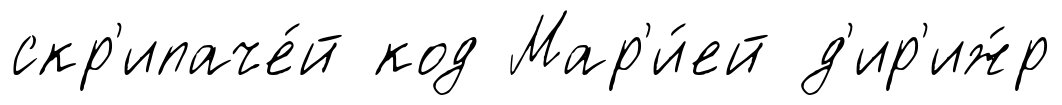
скр'ипаче́й код Мар'и́ей д'ир'иж́р